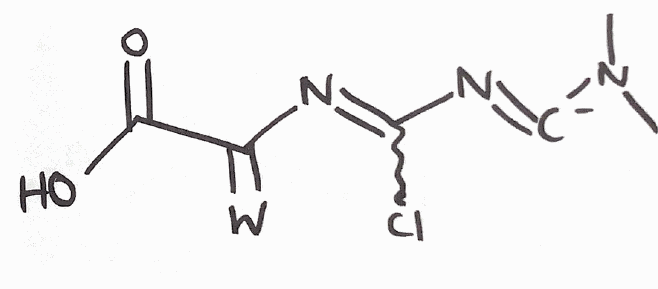
Simplified molecular-input line-entry system (SMILES) notation of the given molecule:
CN(C)[C-]=NC(=NC(=[W])C(=O)O)Cl